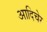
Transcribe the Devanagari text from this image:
आदिचेर